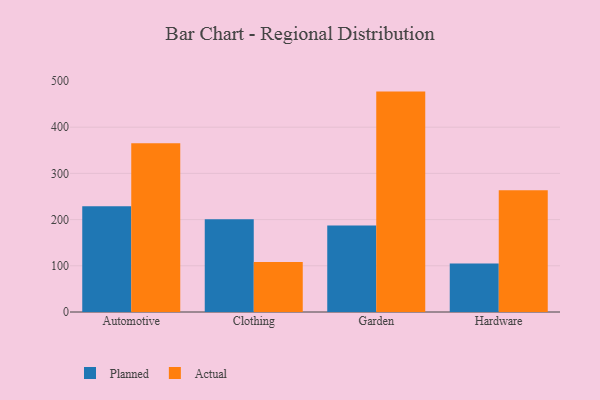
{"axis": {"x": "Category", "y": "Energy Usage (MWh)"}, "legend": ["Actual", "Planned"], "data": [{"x": "Automotive", "y": 228.7, "type": "Planned"}, {"x": "Automotive", "y": 365.1, "type": "Actual"}, {"x": "Clothing", "y": 200.6, "type": "Planned"}, {"x": "Clothing", "y": 108.3, "type": "Actual"}, {"x": "Garden", "y": 187.4, "type": "Planned"}, {"x": "Garden", "y": 477.0, "type": "Actual"}, {"x": "Hardware", "y": 105.0, "type": "Planned"}, {"x": "Hardware", "y": 263.7, "type": "Actual"}]}